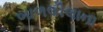
બાળલીલાના